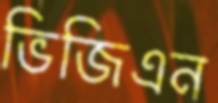
ভিজিএন